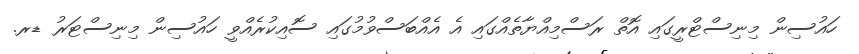
ހައުސިން މިނިސްޓްރީގައި އޮތް ރަސްމިއްޔާތެއްގައި އެ އެއްބަސްވުމުގައި ސޮއިކުރެއްވީ ހައުސިން މިނިސްޓަރު ޑރ.